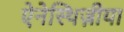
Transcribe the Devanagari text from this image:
ऐनेस्थिज़ीया